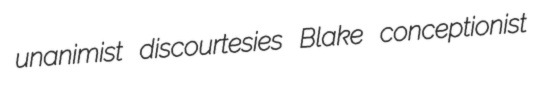
unanimist discourtesies Blake conceptionist